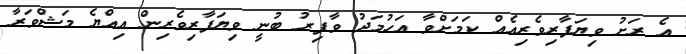
އެ ރަށު ވިޔަފާރިވެރިއެއް ކަމަށްވާ އަހުމަދު ވާފިރު ބުނީ ވިޔަފާރިވެރިން އިއްޔެ މަޝްވަރާ